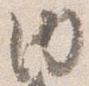
内